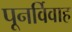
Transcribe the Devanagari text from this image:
पूनर्विवाह